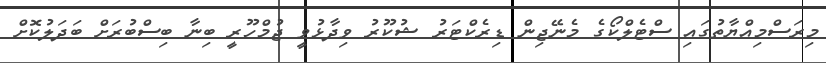
މިރަސްމިއްޔާތުގައި ސްޓެލްކޯގެ މެނޭޖިން ޑިރެކްޓަރު ޝުކޫރު ވިދާޅުވީ ޖުމްހޫރީ ބިނާ ބިސްބުރަށް ބަދަލުކޮށް